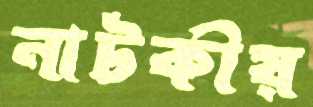
নাটকীয়